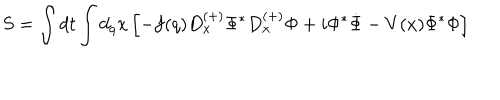
LaTeX: S = \int d t \int d _ { q } x \left[ - f ( q ) D _ { x } ^ { ( + ) } \Phi ^ { \ast } D _ { x } ^ { ( + ) } \Phi + i \Phi ^ { \ast } \dot { \Phi } - V ( x ) \Phi ^ { \ast } \Phi \right]